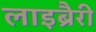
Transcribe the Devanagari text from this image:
लाइब्रैरी